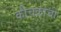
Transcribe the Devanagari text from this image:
कीचकाची